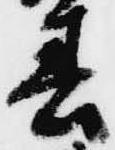
春